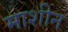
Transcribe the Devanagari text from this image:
माशीन